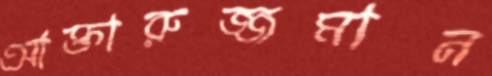
আক্তারুজ্জমান